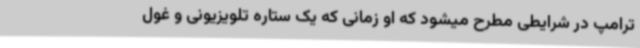
ترامپ در شرایطی مطرح میشود که او زمانی که یک ستاره تلویزیونی و غول